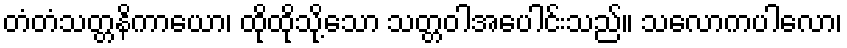
တံတံသတ္တနိကာယော၊ ထိုထိုသို့သော သတ္တဝါအပေါင်းသည်။ သလောကပါလော၊